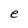
Character: e